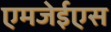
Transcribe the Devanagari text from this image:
एमजेईएस